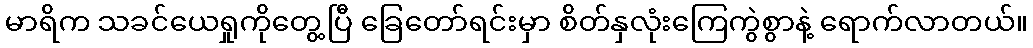
မာရိက သခင်ယေရှုကိုတွေ့ပြီ ခြေတော်ရင်းမှာ စိတ်နှလုံးကြေကွဲစွာနဲ့ ရောက်လာတယ်။